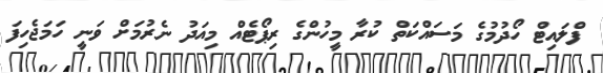
ފްލައިޓް ހޯދުމުގެ މަސައްކަތް ކުރާ މީހުންގެ ރިޕޯޓެއް މިއަދު ނެރުމަށް ވަނީ ހަމަޖެހިފަ